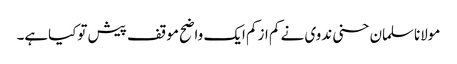
مولاناسلمان حسنی ندوی نے کم ازکم ایک واضح موقف پیش توکیاہے۔